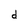
Character: d